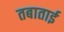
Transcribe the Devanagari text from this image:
तबाताई